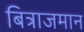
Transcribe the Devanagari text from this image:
बित्राजमान